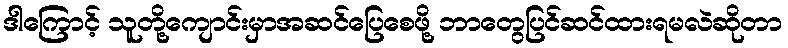
ဒါကြောင့် သူတို့ကျောင်းမှာအဆင်ပြေစေဖို့ ဘာတွေပြင်ဆင်ထားရမလဲဆိုတာ